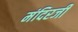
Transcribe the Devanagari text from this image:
मंदिरजी